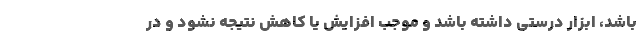
باشد، ابزار درستی داشته باشد و موجب افزایش یا کاهش نتیجه نشود و در